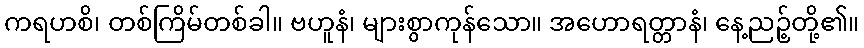
ကရဟစိ၊ တစ်ကြိမ်တစ်ခါ။ ဗဟူနံ၊ များစွာကုန်သော။ အဟောရတ္တာနံ၊ နေ့ညဉ့်တို့၏။